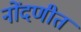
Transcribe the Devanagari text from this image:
नोंदणीत